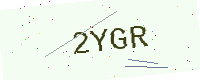
Text: 2YGR